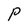
Character: P